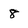
Character: 8